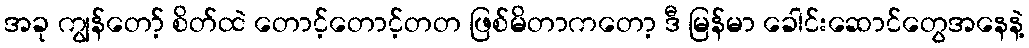
အခု ကျွန်တော့် စိတ်ထဲ တောင့်တောင့်တတ ဖြစ်မိတာကတော့ ဒီ မြန်မာ ခေါင်းဆောင်တွေအနေနဲ့